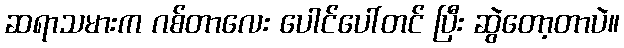
ဆရာသမားက ဂစ်တာလေး ပေါင်ပေါ်တင် ပြီး ဆွဲတော့တာပဲ။